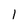
Character: 1